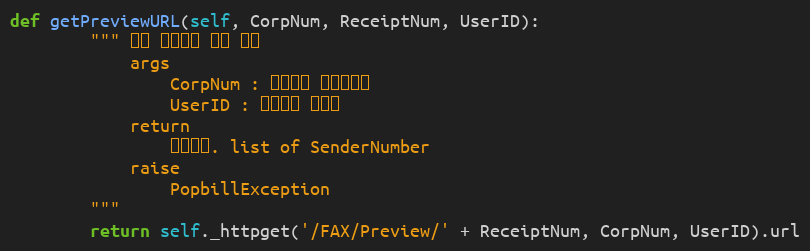
Language: Python
def getPreviewURL(self, CorpNum, ReceiptNum, UserID):
        """ 팩스 발신번호 목록 확인
            args
                CorpNum : 팝빌회원 사업자번호
                UserID : 팝빌회원 아이디
            return
                처리결과. list of SenderNumber
            raise
                PopbillException
        """
        return self._httpget('/FAX/Preview/' + ReceiptNum, CorpNum, UserID).url